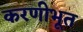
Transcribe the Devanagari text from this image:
करणीभूत